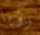
رؤيا